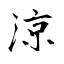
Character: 涼